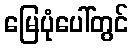
မြေပုံပေါ်တွင်